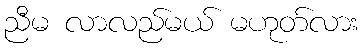
ညီမ လာလည်မယ် မဟုတ်လား